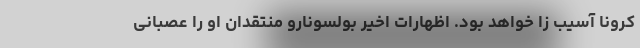
کرونا آسیب زا خواهد بود. اظهارات اخیر بولسونارو منتقدان او را عصبانی